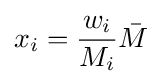
x_{i}={\frac {w_{i}}{M_{i}}}{\bar {M}}